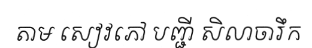
តាម សៀវភៅ បញ្ជី សិលាចារឹក